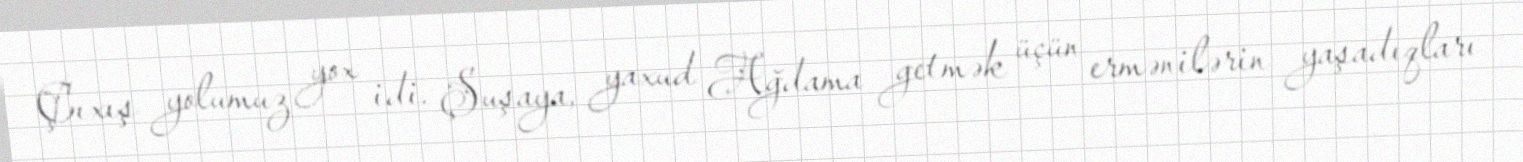
Çıxış yolumuz yox idi. Şuşaya, yaxud Ağdama getmək üçün ermənilərin yaşadıqları